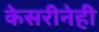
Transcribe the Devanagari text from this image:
केसरीनेही